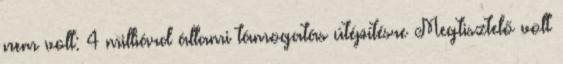
nem volt: 4 milliárd állami támogatás útépítésre Megtisztelő volt